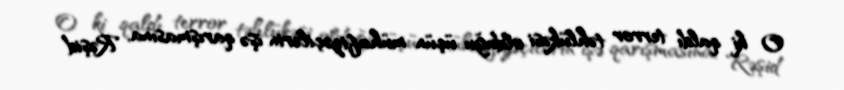
O ki qaldı terror təhlükəsi olduğu üçün mühafizəçilərin işə qarışmasına, Rəşid